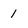
Character: 1